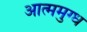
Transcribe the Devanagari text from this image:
आत्ममुग्ध